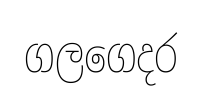
ගලගෙදර